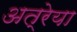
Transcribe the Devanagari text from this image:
अत्रेया